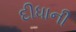
દીધાની